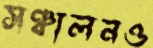
সঞ্চালনও